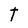
Character: t